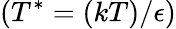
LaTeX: (T^{*}=(kT)/\epsilon)